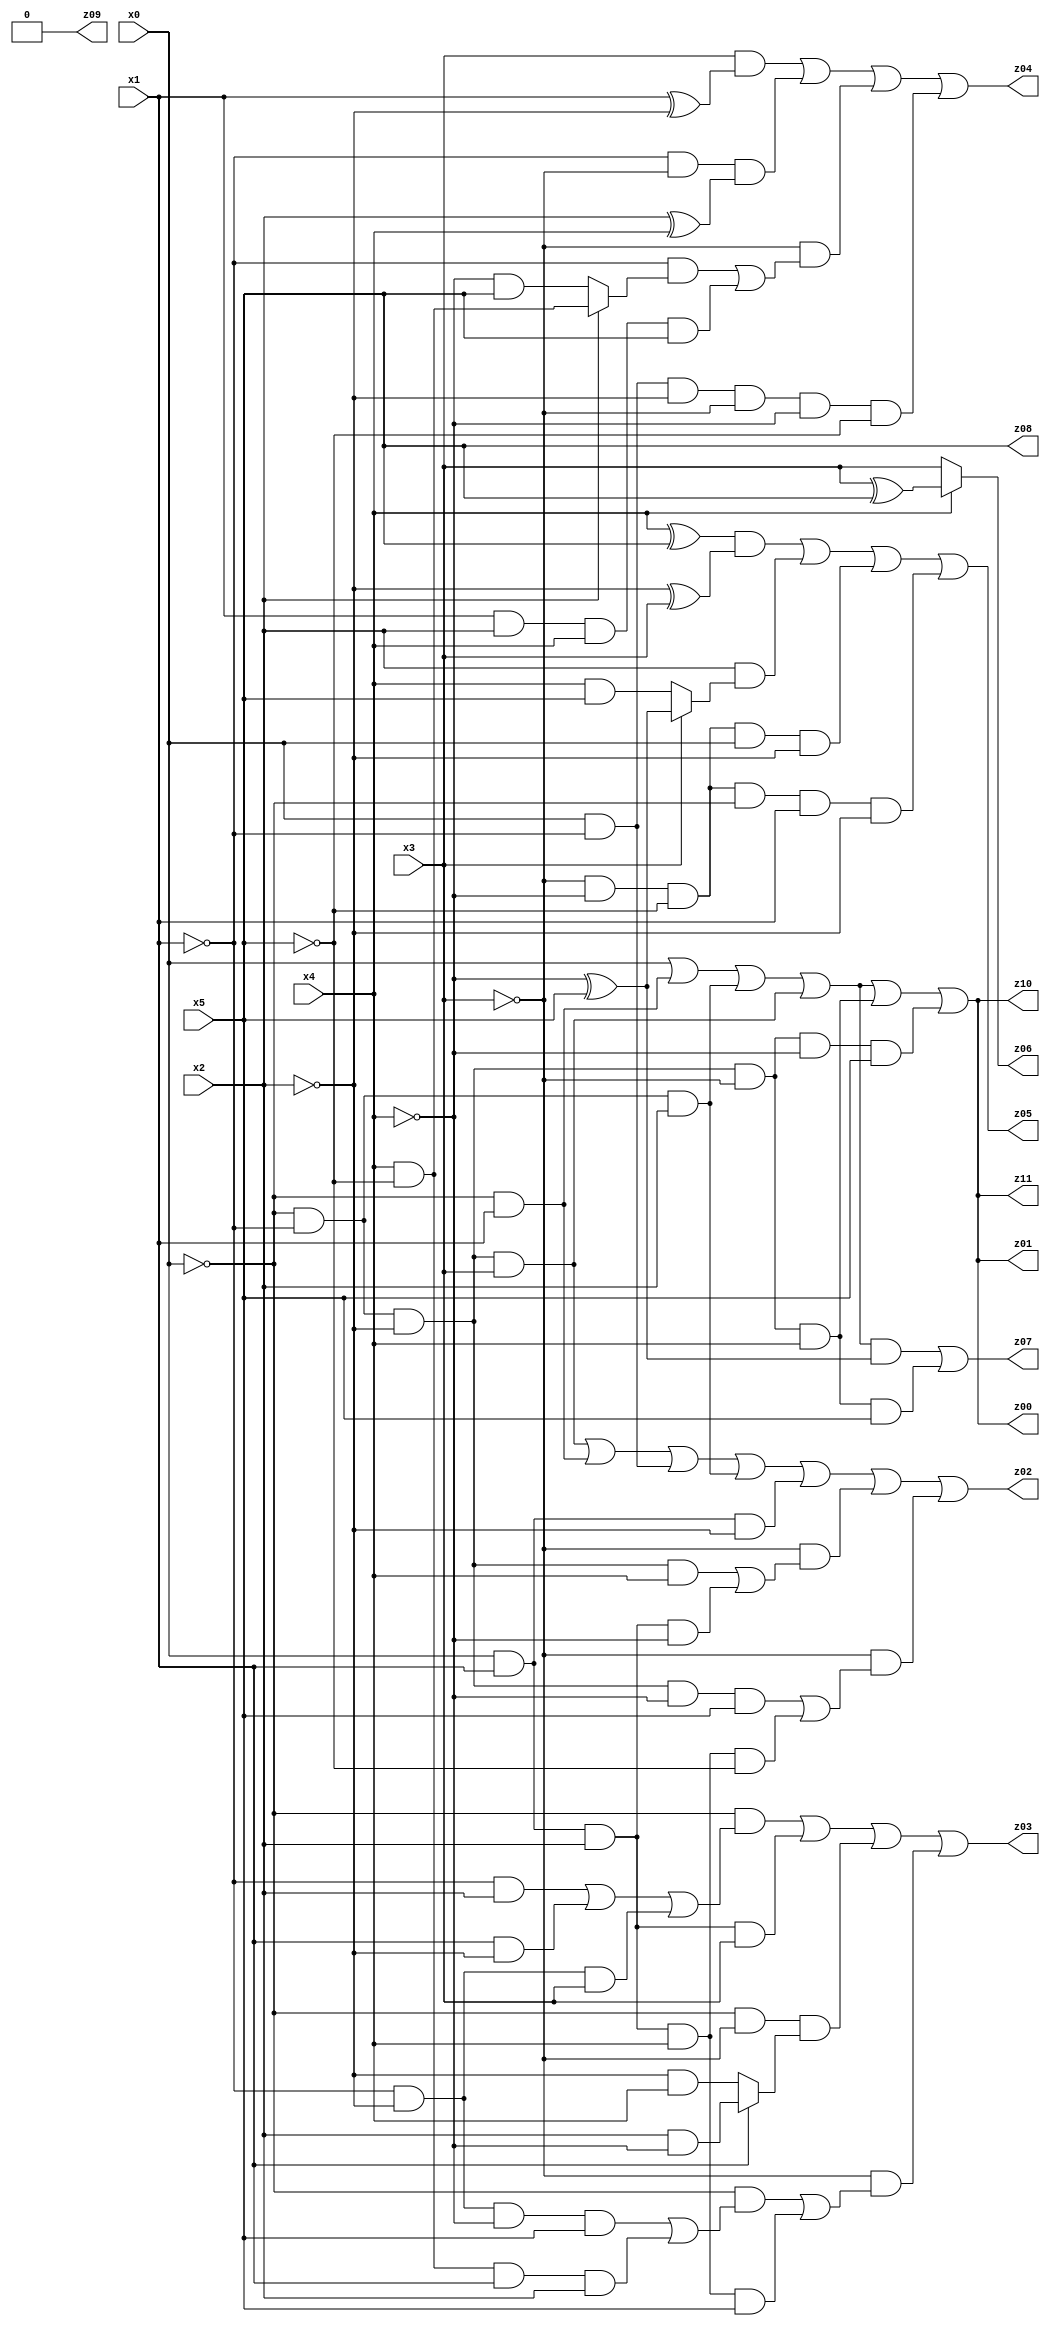
// Benchmark "X_14" written by ABC on Fri May 26 04:02:06 2023

module X_14 ( 
    x0, x1, x2, x3, x4, x5,
    z00, z01, z02, z03, z04, z05, z06, z07, z08, z09, z10, z11  );
  input  x0, x1, x2, x3, x4, x5;
  output z00, z01, z02, z03, z04, z05, z06, z07, z08, z09, z10, z11;
  assign z00 = x0 | (~x0 & x1) | (~x0 & ~x1 & x2) | (~x0 & ~x1 & ~x2 & x3) | (~x0 & ~x1 & ~x2 & ~x3 & x4) | (~x0 & ~x1 & ~x2 & ~x3 & ~x4 & x5);
  assign z01 = x0 | (~x0 & x1) | (~x0 & ~x1 & x2) | (~x0 & ~x1 & ~x2 & x3) | (~x0 & ~x1 & ~x2 & ~x3 & x4) | (~x0 & ~x1 & ~x2 & ~x3 & ~x4 & x5);
  assign z02 = (~x0 & ~x1 & ~x2 & x3) | (~x0 & x1) | (x0 & ~x1) | (~x0 & ~x1 & x2) | (x0 & x1 & ~x2) | (~x3 & ((~x0 & ~x1 & ~x2 & x4) | (x0 & x1 & x2 & ~x4))) | (~x3 & ((~x0 & ~x1 & ~x2 & ~x4 & x5) | (x0 & x1 & x2 & x4 & ~x5)));
  assign z03 = (~x0 & ((~x1 & x2) | (x1 & ~x2) | (~x1 & ~x2 & x3))) | (x0 & x1 & x2 & x3) | (~x0 & ~x3 & (x1 ? (x2 & ~x4) : (~x2 & x4))) | (~x3 & ((~x0 & ((~x1 & ~x2 & ~x4 & x5) | (x4 & ~x5 & x1 & x2))) | (x0 & x1 & x2 & x4 & x5)));
  assign z04 = (x3 & (x1 ^ ~x2)) | (~x1 & ~x3 & (x2 ^ x4)) | (~x3 & ((~x1 & (x2 ? (x4 & ~x5) : (~x4 & x5))) | (x1 & x2 & x4 & x5))) | (x0 & ~x1 & ~x2 & ~x3 & ~x4 & ~x5);
  assign z05 = ((x4 ^ x5) & (~x2 ^ x3)) | (x2 & (x3 ? (~x4 ^ x5) : (x4 & x5))) | (~x3 & ~x4 & ~x5 & x0 & ~x2) | (~x3 & ~x4 & ~x5 & ~x0 & x1 & ~x2);
  assign z06 = x4 ? (x3 ^ x5) : x3;
  assign z07 = ((x0 | (~x0 & x1) | (~x0 & ~x1 & x2) | (~x0 & ~x1 & ~x2 & x3)) & (~x4 ^ x5)) | (~x0 & ~x1 & ~x2 & ~x3 & x4 & x5);
  assign z08 = x5;
  assign z09 = 1'b0;
  assign z10 = x0 | (~x0 & x1) | (~x0 & ~x1 & x2) | (~x0 & ~x1 & ~x2 & x3) | (~x0 & ~x1 & ~x2 & ~x3 & x4) | (~x0 & ~x1 & ~x2 & ~x3 & ~x4 & x5);
  assign z11 = x0 | (~x0 & x1) | (~x0 & ~x1 & x2) | (~x0 & ~x1 & ~x2 & x3) | (~x0 & ~x1 & ~x2 & ~x3 & x4) | (~x0 & ~x1 & ~x2 & ~x3 & ~x4 & x5);
endmodule